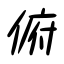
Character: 俯